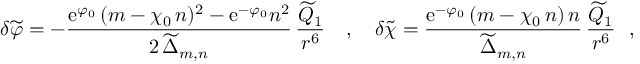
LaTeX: \delta { \widetilde \varphi } = - \frac { \mathrm { e } ^ { \varphi _ { 0 } } \, ( m - \chi _ { 0 } \, n ) ^ { 2 } - \mathrm { e } ^ { - \varphi _ { 0 } } n ^ { 2 } } { 2 \, { \widetilde \Delta } _ { m , n } } \, \frac { { \widetilde Q } _ { 1 } } { r ^ { 6 } } ~ ~ ~ , ~ ~ ~ \delta { \widetilde \chi } = \frac { \mathrm { e } ^ { - \varphi _ { 0 } } \, ( m - \chi _ { 0 } \, n ) \, n } { { \widetilde \Delta } _ { m , n } } \, \frac { { \widetilde Q } _ { 1 } } { r ^ { 6 } } ~ ~ ,